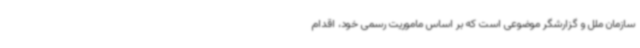
سازمان ملل و گزارشگر موضوعی است که بر اساس ماموریت رسمی خود، اقدام